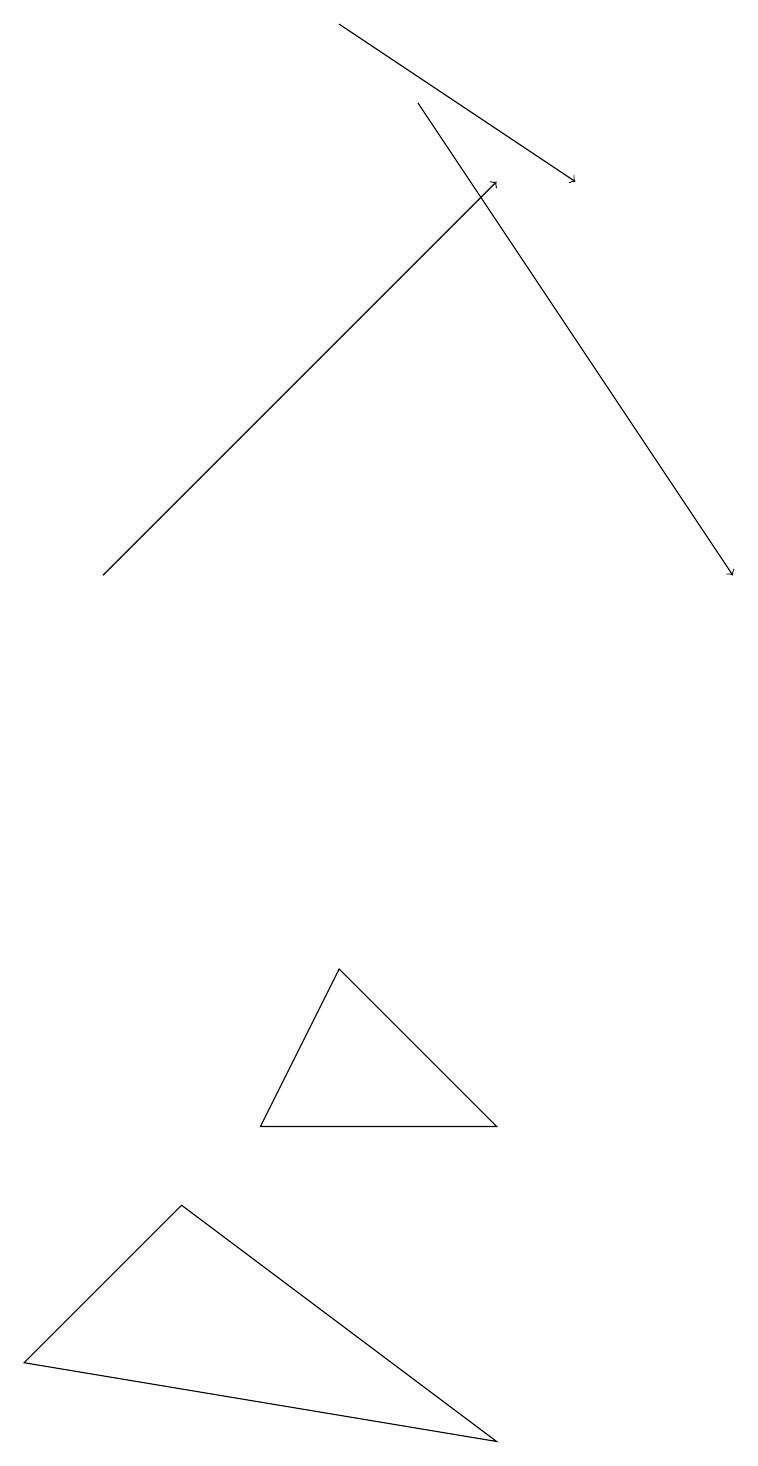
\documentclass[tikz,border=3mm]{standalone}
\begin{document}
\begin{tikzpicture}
\draw[->] (4,19) -- (7,17);
\draw (3,5) -- (4,7) -- (6,5) -- cycle;
\draw (0,2) -- (2,4) -- (6,1) -- cycle;
\draw[->] (1,12) -- (6,17);
\draw[->] (5,18) -- (9,12);
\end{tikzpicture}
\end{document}